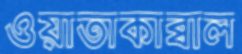
ওয়াতাকাব্বাল